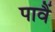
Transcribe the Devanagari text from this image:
पावैं